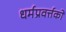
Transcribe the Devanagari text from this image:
धर्मप्रवर्त्तकों